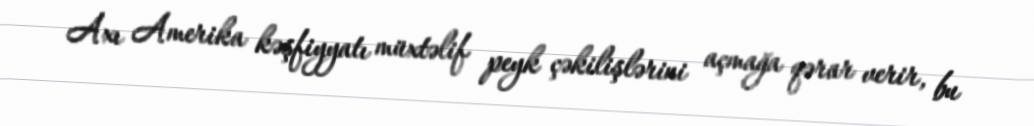
Axı Amerika kəşfiyyatı müxtəlif peyk çəkilişlərini açmağa qərar verir, bu